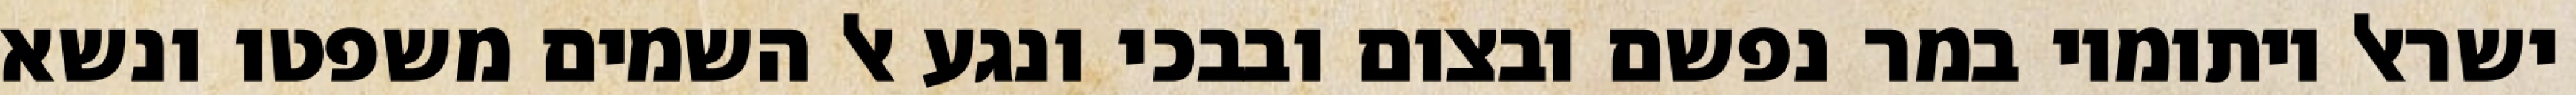
ישראל ויתומיו במר נפשם ובצום ובבכי ונגע אל השמים משפטו ונשא